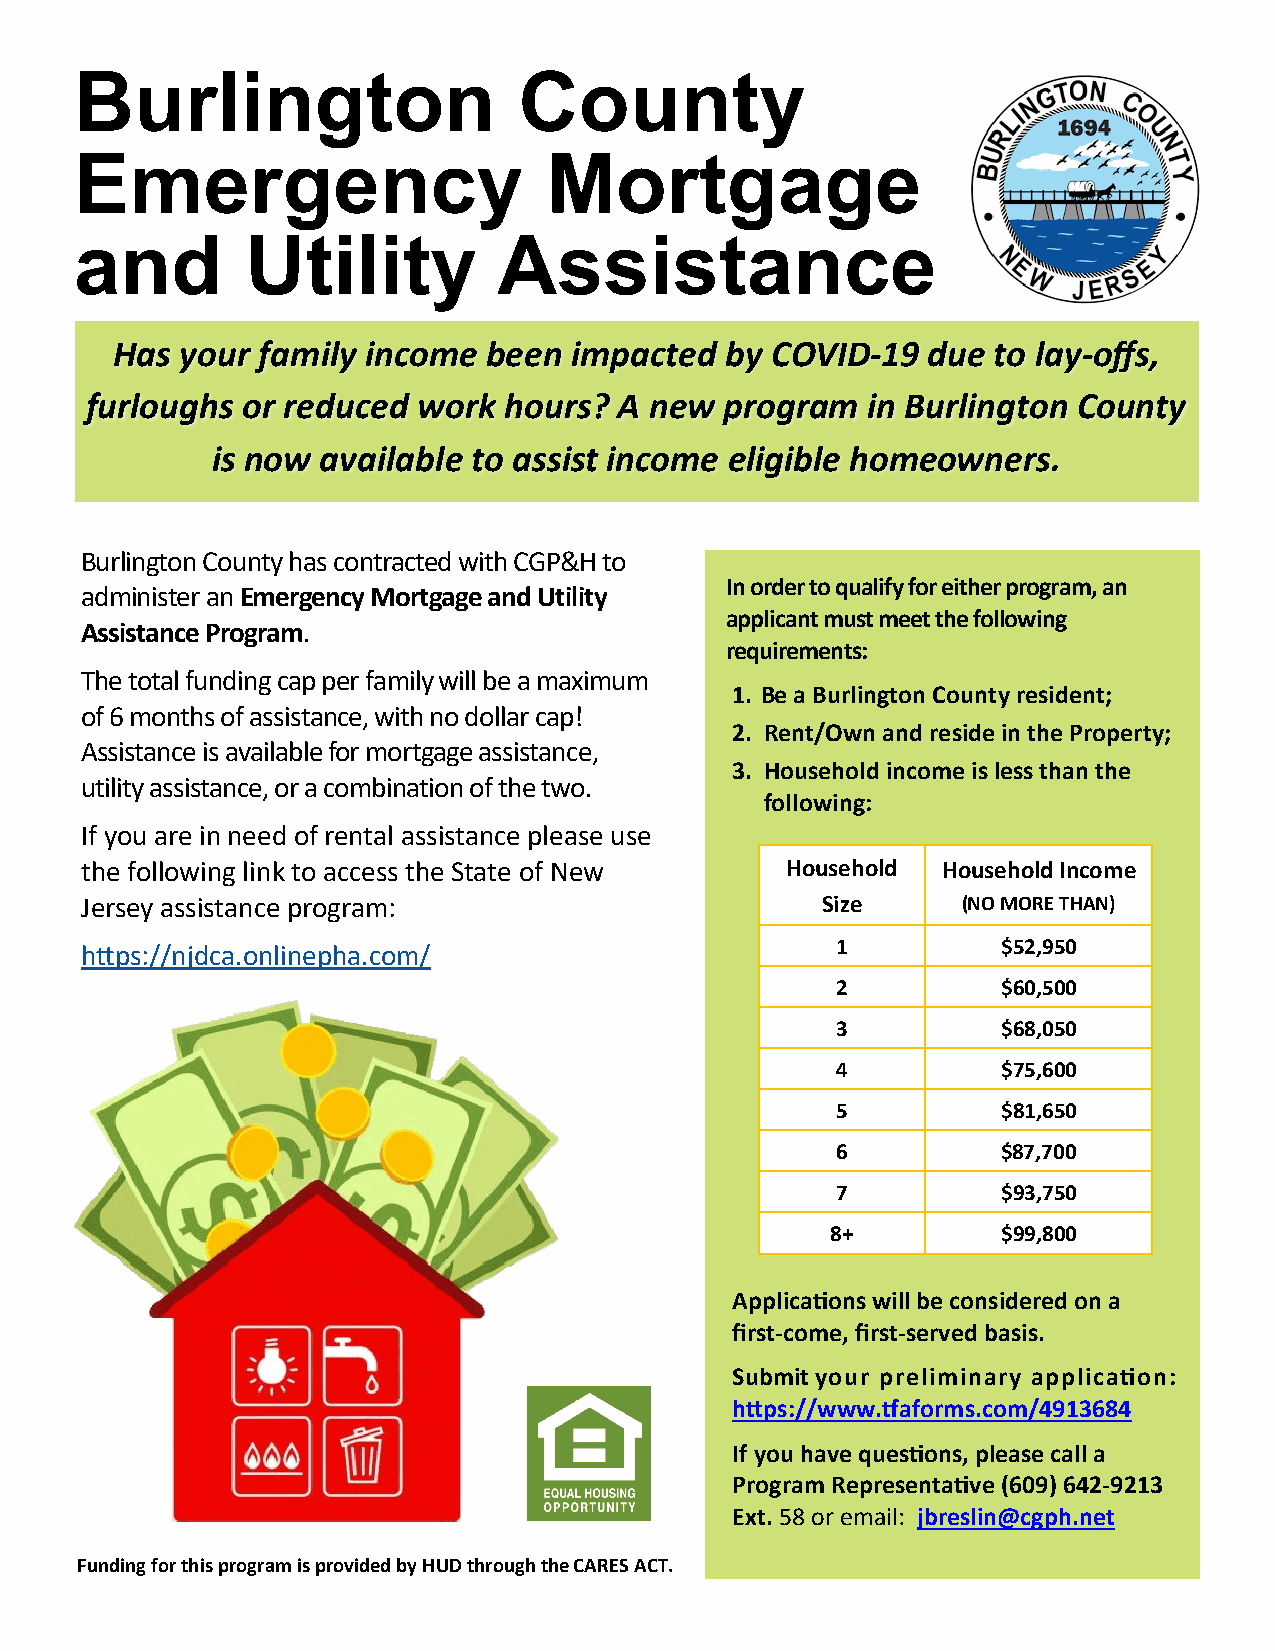
Burlington                   County
 Emergency                      Mortgage
 and        Utility          Assistance
 Has  your family income  been  impacted  by COVID-19  due  to lay-offs,
 furloughs or reduced  work hours?  A new  program  in Burlington County
 is now available to assist income eligible homeowners.
 Burlington County has contracted with CGP&H to
 In order to qualify for either program, an
 administer an Emergency Mortgage and Utility
 applicant must meet the following
 Assistance Program.
 requirements:
 The total funding cap per family will be a maximum
 1. Be a Burlington County resident;
 of 6 months of assistance, with no dollar cap!
 2. Rent/Own and reside in the Property;
 Assistance is available for mortgage assistance,
 3. Household income is less than the
 utility assistance, or a combination of the two.
 following:
 If you are in need of rental assistance please use
 the following link to access the State of New  Household Household Income
 Jersey assistance program:                       Size      (NO MORE THAN)
 1          $52,950
 https://njdca.onlinepha.com/
 2          $60,500
 3          $68,050
 4          $75,600
 5          $81,650
 6          $87,700
 7          $93,750
 8+         $99,800
 Applications will be considered on a
 first-come, first-served basis.
 Submit your preliminary application:
 https://www.tfaforms.com/4913684
 If you have questions, please call a
 Program Representative (609) 642-9213
 Ext. 58 or email: jbreslin@cgph.net
 Funding for this program is provided by HUD through the CARES ACT.